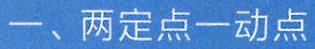
一、两定点一动点